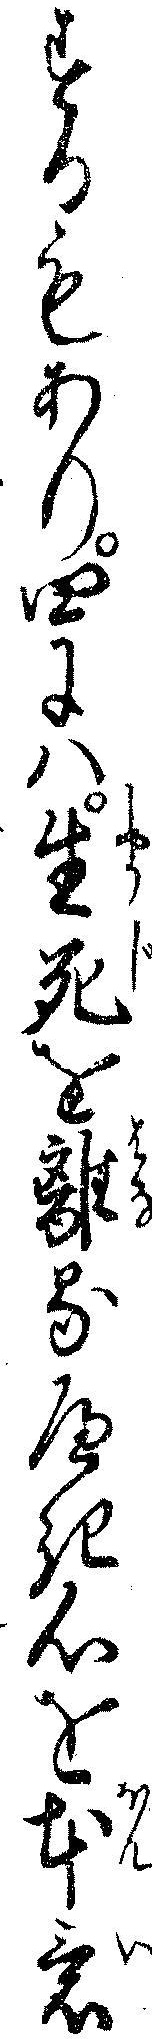
するもあり四には生死を離るへき心を本意